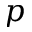
p